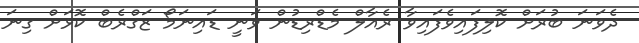
ދެވަނަ ބުރަށް ކޮލިފައިވެފައިވާ ރެއާލް މެޑްރިޑުން ވަނީ ޑައިނަމޯ ޒަގްރެބް ކޮޅަށް ގިނަ